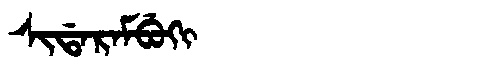
Manchu: ᠰᡳᡩᠠᡵᠠᠮᠪᡠᡴᡳ
Romanization: SIDARAMBUKI